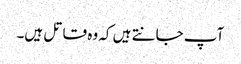
آپ جانتے ہیں کہ وہ قاتل ہیں۔